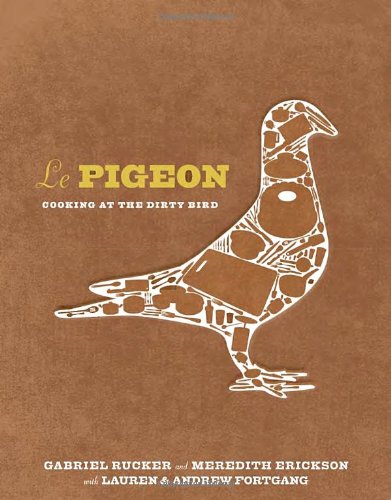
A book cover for Le Pigeon: Cooking at the Dirty Bird; Gabriel Rucker; Cookbooks, Food & Wine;